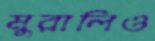
মুরালিও